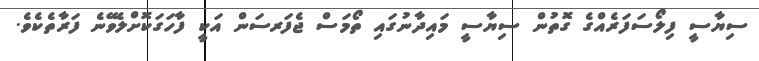
ސިޔާސީ ފިލޯސަފަރެއްގެ ގޮތުން ސިޔާސީ މައިދާނުގައި ތޯމަސް ޖެފަރސަން އަކީ ފާހަގަކޮށްލެވޭނެ ފަރާތެކެވެ.